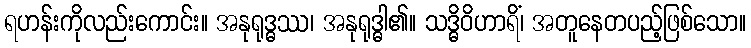
ရဟန်းကိုလည်းကောင်း။ အနုရုဒ္ဓဿ၊ အနုရုဒ္ဓါ၏။ သဒ္ဓိဝိဟာရိံ၊ အတူနေတပည့်ဖြစ်သော။